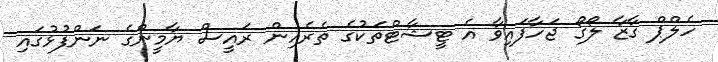
ހެލްޕް ގާޒާ ލޯގޯ ޖަހާފައިވާ އެ ޓީޝާޓްތަކުގެ ތެރެއިން ރައީސް ޔާމީންގެ ނަންފުޅުގައި